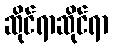
ဆိုင်ရာဆိုင်ရာ